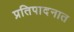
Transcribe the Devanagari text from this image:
प्रतिपादनात